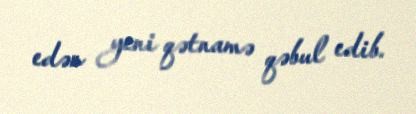
edən yeni qətnamə qəbul edib.